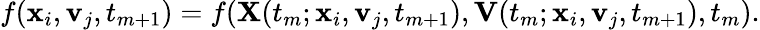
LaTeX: \begin{array}{r}{f(\mathbf{x}_{i},\mathbf{v}_{j},t_{m+1})=f(\mathbf{X}(t_{m};\mathbf{x}_{i},\mathbf{v}_{j},t_{m+1}),\mathbf{V}(t_{m};\mathbf{x}_{i},\mathbf{v}_{j},t_{m+1}),t_{m}).}\end{array}